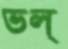
ভল্